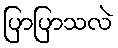
ပြာပြာသလဲ